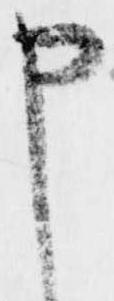
申